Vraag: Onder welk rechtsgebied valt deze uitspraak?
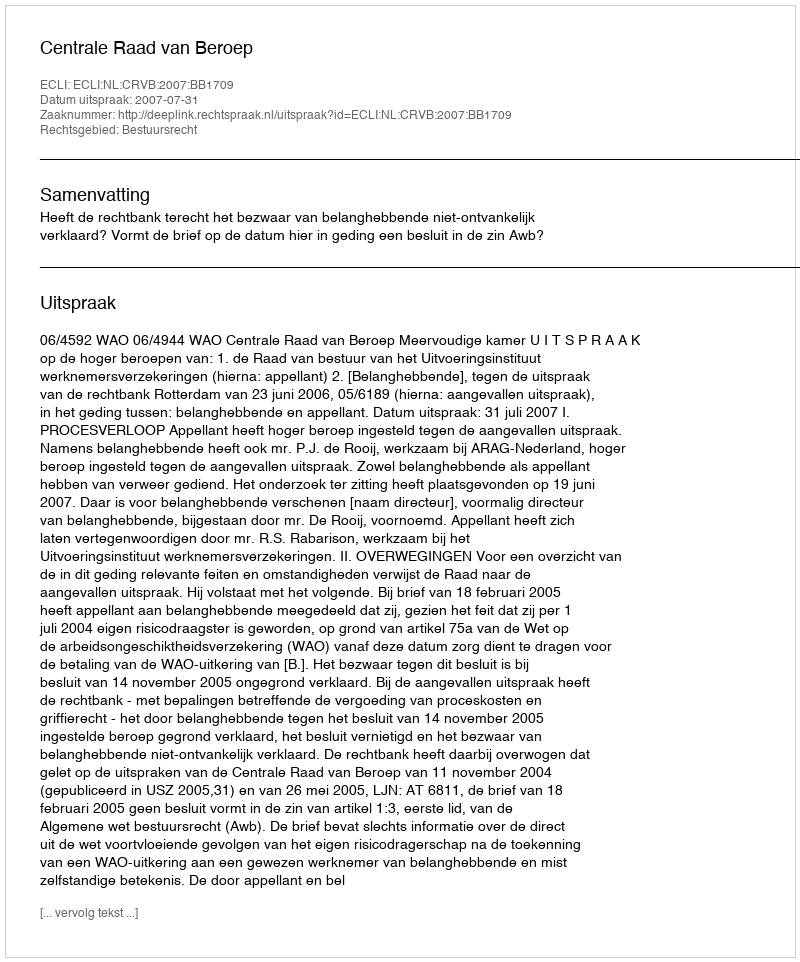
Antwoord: Bestuursrecht